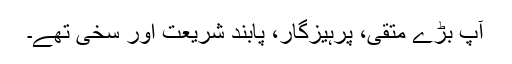
آپ بڑے متقی، پرہیزگار، پابندِ شریعت اور سخی تھے۔